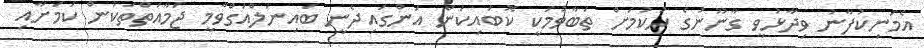
އެމަނިކުފާނު ވިދާޅުވީ ގާނޫނުގެ ހުކުމަށް ތަބާވުމަކީ ކޮބައިކަން އަންގައިދެނީ ބައިނަލްއަގްވާމީ ޖަމާއަތްތަކުން ކަމަށާއި